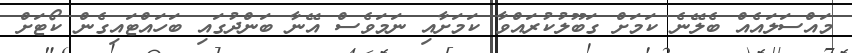
މައްސަލައެއް ބެލޭނެ ކަމަށް ގަބޫލުކުރައްވާ ކަމަށާއި ނަމަވެސް އޭނާ ބަންދުގައި ބަހައްޓައިގެން ކޯޓަށް